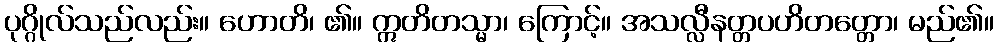
ပုဂ္ဂိုလ်သည်လည်း။ ဟောတိ၊ ၏။ ဣတိတသ္မာ၊ ကြောင့်။ အသလ္လီနတ္တပဟိတတ္တော၊ မည်၏။